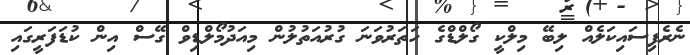
ނެރެފިސައިކަލެއް ލިބޭ މިލްކީ ގޯލްޑްގެ ހަތަރުވަނަ ގުރުއަތުލުން މިއަދުމޯލްޑިވް ގޭސް އިން ކުޑަފަރީގައި